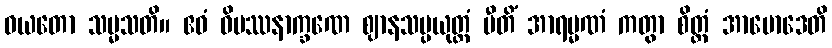
ဝယတော သမ္မသတိ။ ဧဝံ ဝိပဿနာက္ခဏေ ဈာနသမ္ပယုတ္တံ ပီတိံ အာရမ္မဏံ ကတွာ စိတ္တံ အာမောဒေတိ